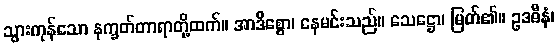
သွားကုန်သော နက္ခတ်တာရာတို့ထက်။ အာဒိစ္စော၊ နေမင်းသည်။ သေဋ္ဌော၊ မြတ်၏။ ဥဒဓီနံ၊